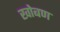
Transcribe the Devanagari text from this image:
खोबण